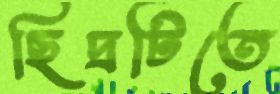
ছিদ্রটিতে